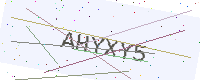
Text: AHYXY5